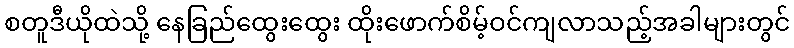
စတူဒီယိုထဲသို့ နေခြည်ထွေးထွေး ထိုးဖောက်စိမ့်ဝင်ကျလာသည့်အခါများတွင်